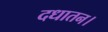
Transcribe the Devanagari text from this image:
दधातन।